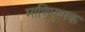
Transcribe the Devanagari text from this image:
माणिपुष्पक